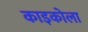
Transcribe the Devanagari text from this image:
काइकोला